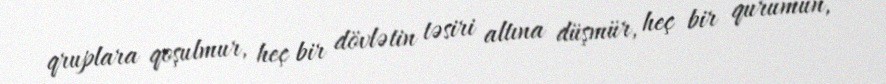
qruplara qoşulmur, heç bir dövlətin təsiri altına düşmür, heç bir qurumun,